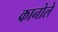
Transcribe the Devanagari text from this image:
कानोले